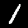
Label: 1